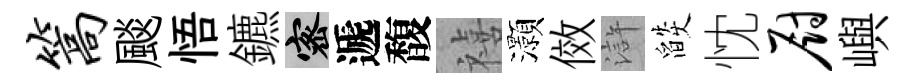
篙颷悟鑣密遞馥禧灝傚滸燄忱厨嶼